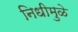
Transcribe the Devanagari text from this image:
निधीमुळे